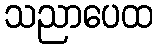
သညာပေထ